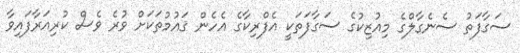
ސަގާފަތު ސެނެގާލްގެ މިއުޒިކުގެ ސަގާފަތަކީ އެފްރިކާގެ އެހެން ޤައުމުތަކަށް ވުރެ ވެސް ކުރިއަރާފައިވާ